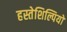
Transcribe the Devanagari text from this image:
हस्तेशिल्पियों